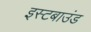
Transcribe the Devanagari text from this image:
इस्टबाउंड